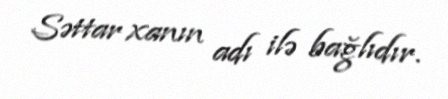
Səttar xanın adı ilə bağlıdır.